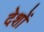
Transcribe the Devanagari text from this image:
देशों